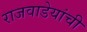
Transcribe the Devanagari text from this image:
राजवाडेयांची